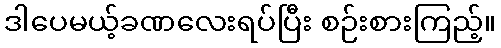
ဒါပေမယ့်ခဏလေးရပ်ပြီး စဉ်းစားကြည့်။